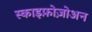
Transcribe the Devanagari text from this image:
स्काइफ़ोज़ोअन